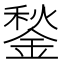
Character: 鍫